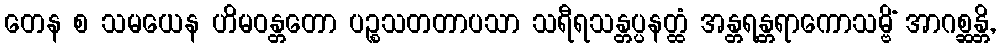
တေန စ သမယေန ဟိမဝန္တတော ပဉ္စသတတာပသာ သရီရသန္တပ္ပနတ္ထံ အန္တရန္တရာကောသမ္ဗိံ အာဂစ္ဆန္တိ,